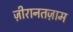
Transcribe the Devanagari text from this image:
ज़ीरानतज़ाम